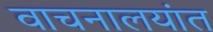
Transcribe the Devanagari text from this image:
वाचनालयांत